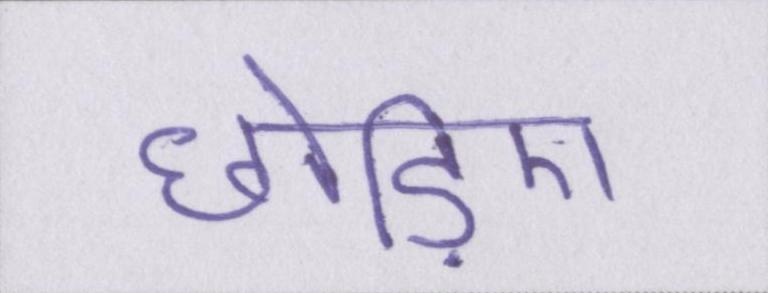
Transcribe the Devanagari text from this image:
छोड़िए